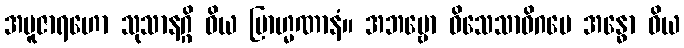
အပူဇာရဟော သုသာနဂ္ဂိ ဝိယ ဗြာဟ္မဏာနံ။ အဘဗ္ဗော ဝိသေသာဓိဂမေ အန္ဓော ဝိယ